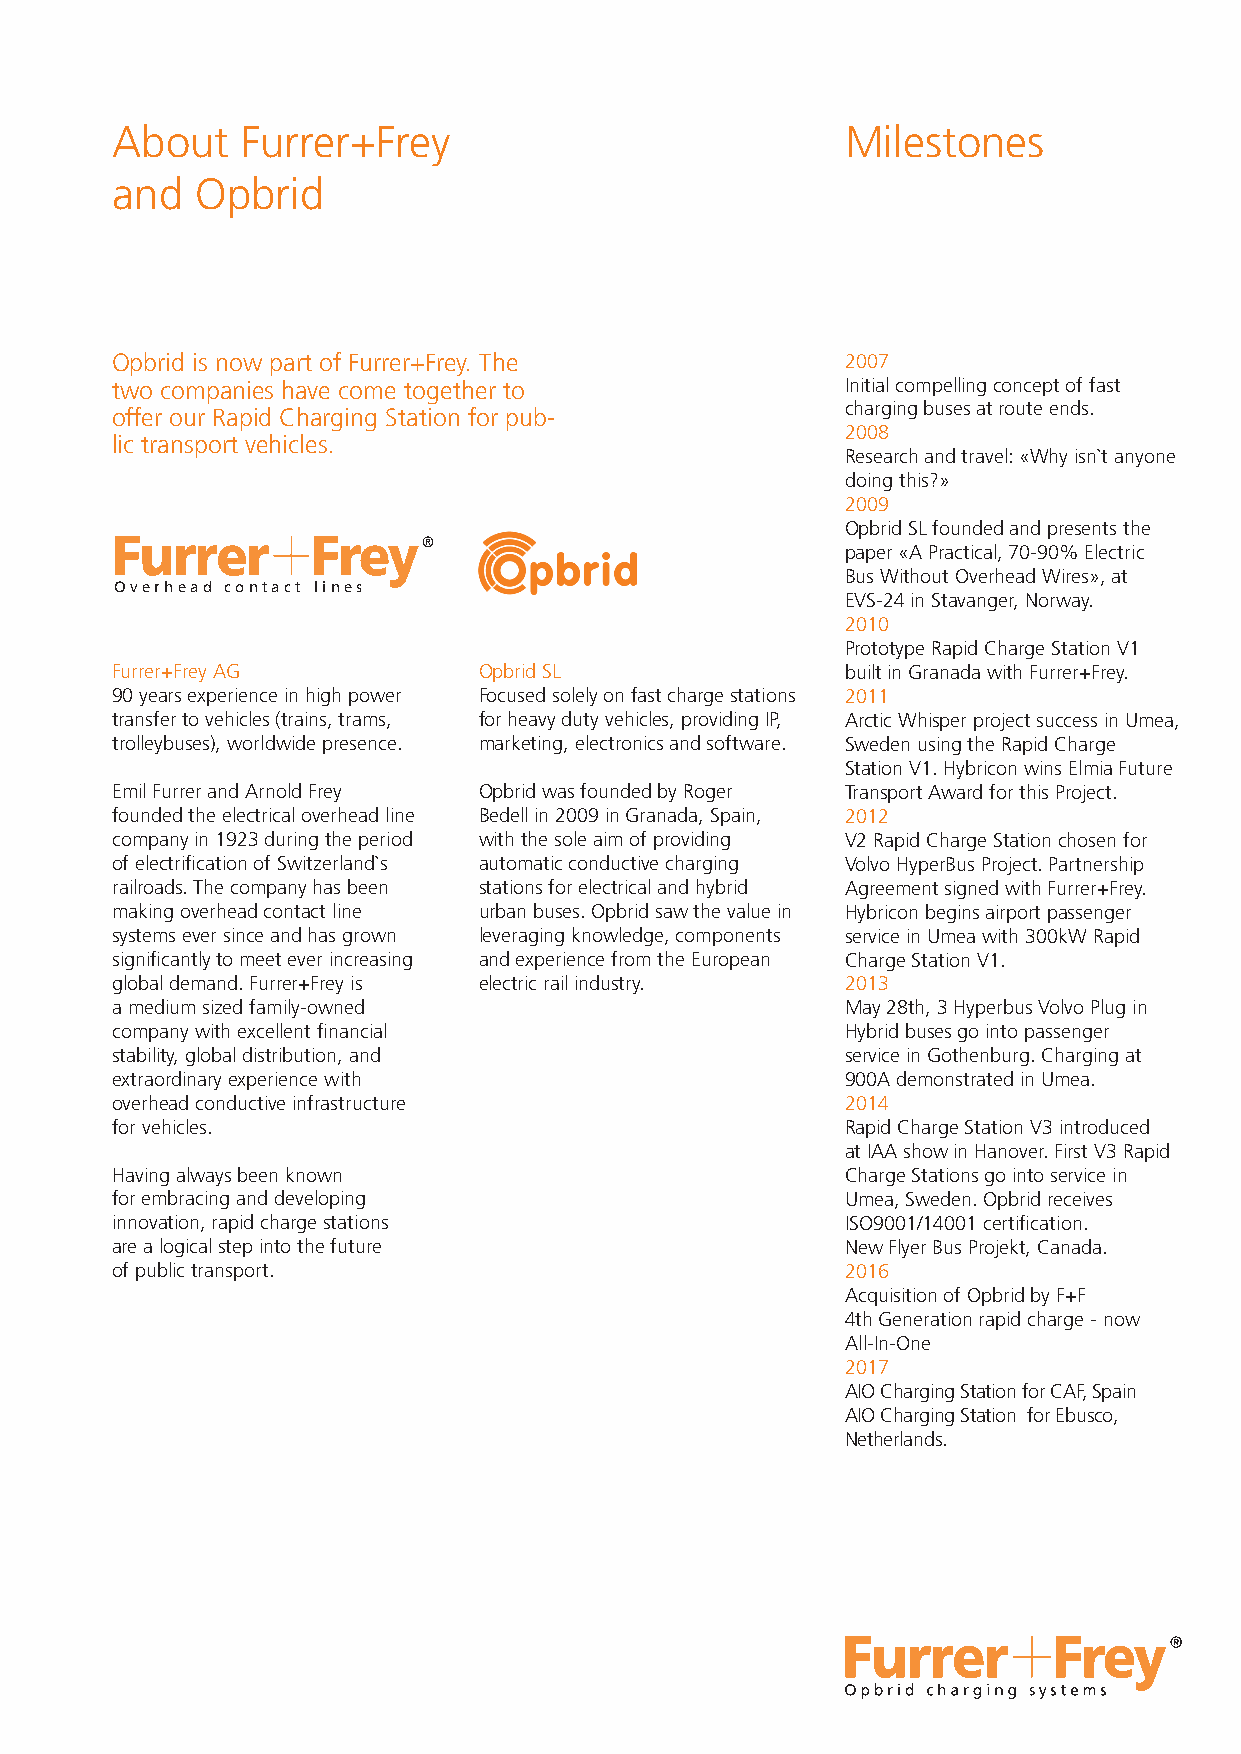
About    Furrer+Frey                             Milestones
 and   Opbrid
 Opbrid is now part of Furrer+Frey. The           2007
 two companies have come together to              Initial compelling concept of fast
 offer our Rapid Charging Station for pub-        charging buses at route ends.
 2008
 lic transport vehicles.
 Research and travel: «Why isn`t anyone
 doing this?»
 2009
 Opbrid SL founded and presents the
 Furrer        Fre  y ®
 paper «A Practical, 70-90% Electric
 Bus Without Overhead Wires», at
 Overhead contact lines
 EVS-24 in Stavanger, Norway.
 2010
 Prototype Rapid Charge Station V1
 Furrer+Frey AG           Opbrid SL               built in Granada with Furrer+Frey.
 90 years experience in high power Focused solely on fast charge stations 2011
 transfer to vehicles (trains, trams, for heavy duty vehicles, providing IP, Arctic Whisper project success in Umea,
 trolleybuses), worldwide presence. marketing, electronics and software. Sweden using the Rapid Charge
 Station V1. Hybricon wins Elmia Future
 Emil Furrer and Arnold Frey Opbrid was founded by Roger Transport Award for this Project.
 founded the electrical overhead line Bedell in 2009 in Granada, Spain, 2012
 company in 1923 during the period with the sole aim of providing V2 Rapid Charge Station chosen for
 of electrification of Switzerland`s automatic conductive charging Volvo HyperBus Project. Partnership
 railroads. The company has been stations for electrical and hybrid Agreement signed with Furrer+Frey.
 making overhead contact line urban buses. Opbrid saw the value in Hybricon begins airport passenger
 systems ever since and has grown leveraging knowledge, components service in Umea with 300kW Rapid
 significantly to meet ever increasing and experience from the European Charge Station V1.
 global demand. Furrer+Frey is electric rail industry. 2013
 a medium sized family-owned                      May 28th, 3 Hyperbus Volvo Plug in
 company with excellent financial                 Hybrid buses go into passenger
 stability, global distribution, and              service in Gothenburg. Charging at
 extraordinary experience with                    900A demonstrated in Umea.
 overhead conductive infrastructure               2014
 for vehicles.                                    Rapid Charge Station V3 introduced
 at IAA show in Hanover. First V3 Rapid
 Having always been known                         Charge Stations go into service in
 for embracing and developing                     Umea, Sweden. Opbrid receives
 innovation, rapid charge stations                ISO9001/14001 certification.
 are a logical step into the future               New Flyer Bus Projekt, Canada.
 of public transport.                             2016
 Acquisition of Opbrid by F+F
 4th Generation rapid charge - now
 All-In-One
 2017
 AIO Charging Station for CAF, Spain
 AIO Charging Station for Ebusco,
 Netherlands.